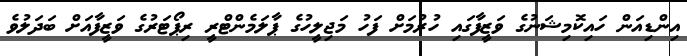
އިންޑިއަން ހައިކޮމިޝަނުގެ ވަޒީފާގައި ހުރުމަށް ފަހު މަޖިލީހުގެ ޕާލަމެންޓްރީ ރިޕޯޓަރުގެ ވަޒީފާއަށް ބަދަލުވެ